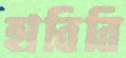
হাবিবি